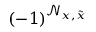
( - 1 ) ^ { \mathcal { N } _ { x , \tilde { x } } }